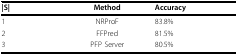
| |S| | Method | Accuracy |
 | --- | --- | --- |
 | 1 | NRProF | 83.8% |
 | 2 | FFPred | 81.5% |
 | 3 | PFP Server | 80.5% |